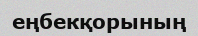
еңбекқорының